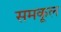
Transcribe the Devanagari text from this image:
समकूल